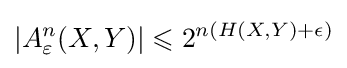
\left|A_{\varepsilon }^{n}(X,Y)\right|\leqslant 2^{n(H(X,Y)+\epsilon )}